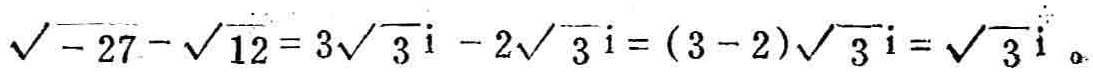
\(\sqrt{-27}-\sqrt{12}=3\sqrt{3}\mathrm{i}-2\sqrt{3}\mathrm{i}=(3 - 2)\sqrt{3}\mathrm{i}=\sqrt{3}\mathrm{i}\)